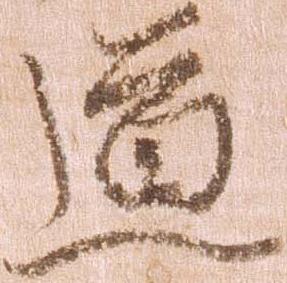
道